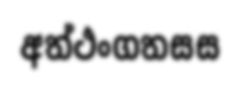
අත්ථංගතසස